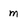
Character: m